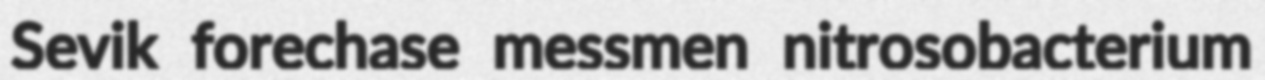
Sevik forechase messmen nitrosobacterium